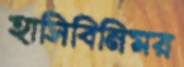
হাসিবিনিময়